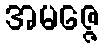
အမဇ္ဇေ